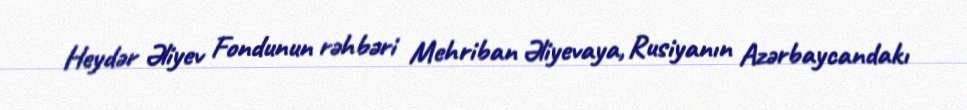
Heydər Əliyev Fondunun rəhbəri Mehriban Əliyevaya, Rusiyanın Azərbaycandakı